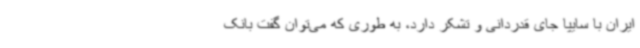
ایران با سایپا جای قدردانی و تشکر دارد، به طوری که می‌توان گفت بانک